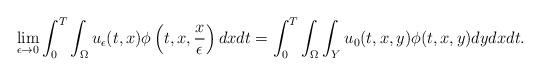
LaTeX: \begin{align*}\lim_{\epsilon\to 0}\int_0^T \int_{\Omega}u_{\epsilon}(t,x)\phi\left(t,x,\frac{x}{\epsilon}\right)dxdt = \int_0^T\int_{\Omega}\int_Y u_0(t,x,y)\phi(t,x,y)dydxdt .\end{align*}